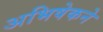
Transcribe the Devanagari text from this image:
अभिषेकने